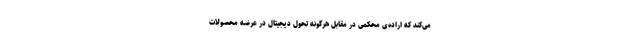
می‌کند که اراده‌ی محکمی در مقابل هرگونه تحول دیجیتال در عرضه محصولات